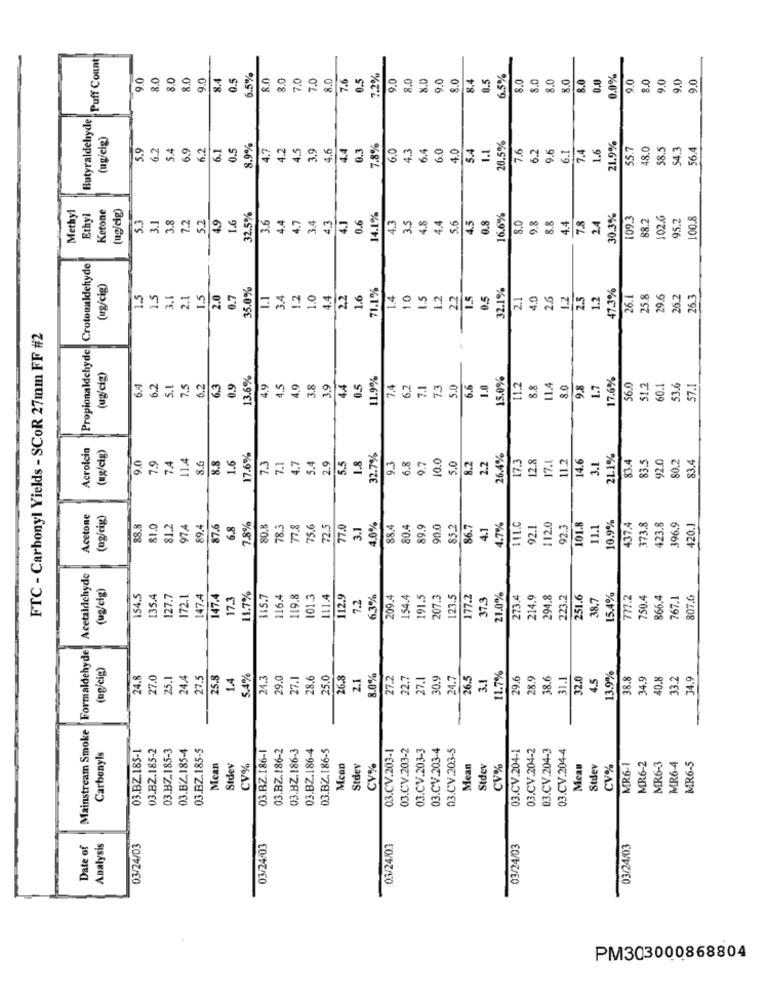
Puff Count
9.0
8.0
8.0
8.0
9.0
8.4
0.5
6.5%
8.0
8.0
7.0
7.0
8.0
7.6
0.5
7.2%
9.0
8.0
8.0
9.0
8.0
8.4
0.5
5.5%
8.0
8.0
8.0
8.0
8.0
0.0
0.0%
9.0
8.0
9.0
9.0
9.0
Butyraldehyde
(ug/cig)
20.5%
21.9%
5.9
6.2
5.4
6.9
6.2
6.1
0.5
8.9%
4.7
4.2
4.5
3.9
4.6
4.4
0.3
7.8%
6.0
4.3
6.4
6.0
4.0
5.4
1.1
7.6
6.2
9.6
6.1
7.4
1.6
55.7
48.0
58.5
54.3
56.4
Methyl
Ketone
(ug/cig)
32.5%
Ethyl
5.3
3.1
3.8
7.2
5.2
4.9
1.6
3.6
4.4
4.7
3.4
4.3
4.1
0.6
14.1%
4.3
3.5
4.8
5.6
4.5
0.8
16.6%
8.0
0.8
8.8
4.4
7.8
2.4
30.3%
09.3
88.2
02.6
95.2
100.8
4.4
|Propionaldehyde Crotonaldehyde
(ug/cig)
35.0%
71.1%
1.4
32.1%
47.3%
26.1
1.5
1.5
3.1
2.1
1.5
2.0
0.7
1.1
3.4
1.2
1.0
4.4
2,2
1.6
1.0
1.5
1.2
2.2
1.5
0.5
2.1
4.0
2.6
1.2
2.5
1.2
25.8
29.6
26.2
26.3
FTC - Carbonyl Yields - SCOR 27mm FF #2
(ug/cig)
0.9
13.6%
11.9%
15.0%
17.6%
6.4
6.2
5.1
7.5
6.2
6.3
4.9
4.5
4.9
3.8
3.9
4.4
0.5
6.2
7.1
7.3
5.0
6.6
1.0
11.2
8.8
114
8.0
9.8
1.7
6.0
51.2
60.1
53.6
57.1
Acrolcia
(ug/cig)
9.0
7.9
7.4
11.4
8.6
8.8
1.6
17.6%
7.3
7.1
4.7
2.9
5.5
1.8
32.7%
9.3
6.8
10.0
5.0
8.2
2.2
26.4%
17.3
12.8
17.1
11.2
21.1%
83.4
80.2
83.4
5.4
9.7
14.6
3.1
83.5
92.0
Acetone
(ug/cig)
7.8%
10.9%
88.8
81.0
81.2
974
89.4
87.6
6.8
80.8
78.3
75.6
72.5
77.0
3.1
1.0%
88.4
80.4
89.9
90.0
65.2
86.7
4.1
.7%
111.0
92.1
112.0
92.3
101.8
11.1
437.4
373.8
423.8
396.9
420.1
Mainstream Smoke Formaldehyde Acetaldehyde
(ug/cig)
154.5
135.4
127.7
72.1
147.A
147.4
17.3
11.7%
115.7
16.4
119.8
101.3
111.4
112.9
7.2
6.3%
209.4
154.4
191.5
207.3
123.5
177.2
37.3
21.0%
273.4
214.9
294.8
223.2
251.6
38.7
15.4%
777.2
750.4
866.4
767.1
807.6
(eg/cig)
24.8
27.0
25,1
24.4
27.5
25.8
1.4
5.4%
24.3
29.0
27.1
28.6
25.0
26.8
2.1
8.0%
27.2
22.7
27.1
30.9
24.7
26.5
3.1
11.7%
9.6
28.9
38.6
31.1
32.0
4.5
13.9%
38.8
34.9
40.8
33.2
34.9
03.BZ.185-2
03.BZ.185-3
03.BZ.185-4
03.BZ.185-5
03.BZ.186-1
03.BZ.186-2
03.BZ.186-3
03.BZ.186-4
03.BZ.186-5
03.CV.203-1
03.CV.203-2
03.CV.203-3
03.CV.203-4
03.CV.203-5
03.CV.204-1
03.CV.204-2
03.CV.204-3
03.CV.204-4
Carbonyls
03.BZ.185-
MR6-4
MR6-5
Mean
Stdev
CV%
Mcan
Stdev
CV%
Mean
Stdev
CV%
Mean
Stdev
CV%
MR6-1
MR6-2
MR6-3
Date of
Analysis
03/24/03
03/24:03
03/24/03
03/24/03
03/24/03
PM303000868804